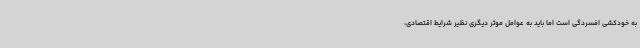
به خودکشی افسردگی است اما باید به عوامل موثر دیگری نظیر شرایط اقتصادی،